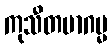
ကုသီတမာဂမ္မ